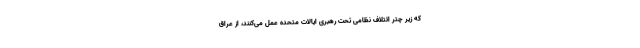
که زیر چتر ائتلاف نظامی تحت رهبری ایالات متحده عمل می‌کنند، از عراق